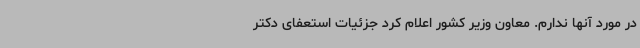
در مورد آنها ندارم. معاون وزیر کشور اعلام کرد جزئیات استعفای دکتر